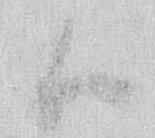
候